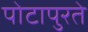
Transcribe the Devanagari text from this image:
पोटापुरते